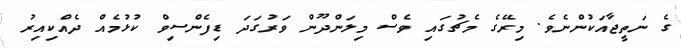
ގެ ނަތީޖާއަކުންނެވެ. މިރޭގެ މެޗުގައި ވެސް މިލަންދޫން ވަރުގަދަ ޑިފެންސިވް ކުޅުމެއް ދެއްކިއިރު